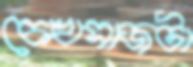
চোখসাজটা